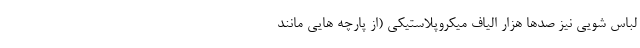
لباس شویی نیز صدها هزار الیاف میکروپلاستیکی (از پارچه هایی مانند